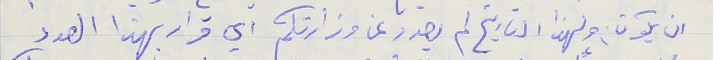
ان يكون ولهذا التاريخ لم يصدر عن وزارتكم اي قرار بهذا الصدد